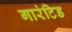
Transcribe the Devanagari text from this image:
गारंटिड